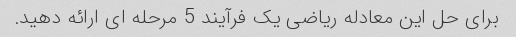
برای حل این معادله ریاضی یک فرآیند 5 مرحله ای ارائه دهید.